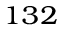
^ { 1 3 2 }